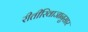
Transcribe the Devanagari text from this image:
रीतीरिवाजानुसार